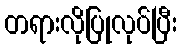
တရားလိုပြုလုပ်ပြီး